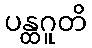
ပန္ထဂူတိ